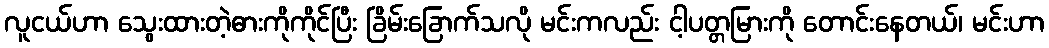
လူငယ်ဟာ သွေးထားတဲ့ဓားကိုကိုင်ပြီး ခြိမ်းခြောက်သလို မင်းကလည်း ငါ့ပတ္တမြားကို တောင်းနေတယ်၊ မင်းဟာ